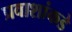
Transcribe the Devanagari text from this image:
प्रवाशांकडे